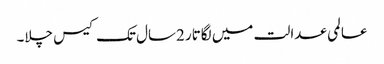
عالمی عدالت میں لگاتار 2سال تک کیس چلا۔